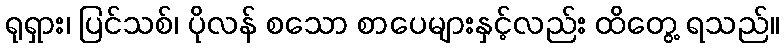
ရုရှား၊ ပြင်သစ်၊ ပိုလန် စသော စာပေများနှင့်လည်း ထိတွေ့ ရသည်။